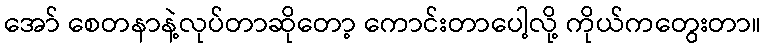
အော် စေတနာနဲ့လုပ်တာဆိုတော့ ကောင်းတာပေါ့လို့ ကိုယ်ကတွေးတာ။